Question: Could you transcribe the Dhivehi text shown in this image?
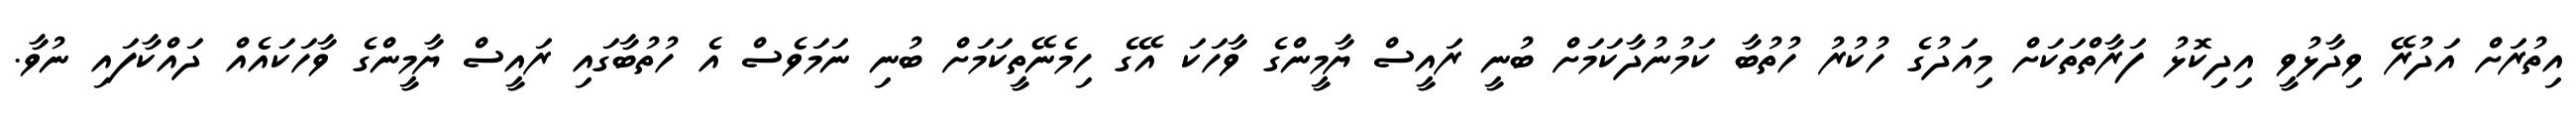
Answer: އިތުރަށް އަދުރޭ ވިދާޅުވީ އިދިކޮޅު ފަރާތްތަކަށް މިއަދުގެ ހުކުރު ހުތުބާ ކަމުނުދާކަމަށް ބުނީ ރައީސް ޔާމީންގެ ވާހަކަ އޭގެ ހިމެނޭތީކަމަށް ބުނި ނަމަވެސް އެ ހުތުބާގައި ރައީސް ޔާމީންގެ ވާހަކައެއް ދައްކާފައި ނުވާ.